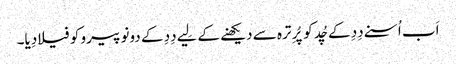
اَب اُسنے دِدِ کے چُد کو پُرِ ترہ سے دیکھنے کے لِیے دِدِ کے دونو پیرو کو فیلا دِیا۔